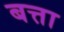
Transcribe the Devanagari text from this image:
बत्ता